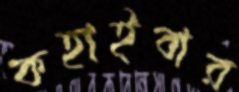
কহাইবার